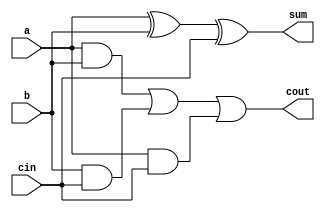
module full_adder (
    input a, b, cin,
    output sum, cout
);
    // XOR gate for sum
    assign sum = a ^ b ^ cin;
    // AND and OR gates for carry out
    assign cout = (a & b) | (b & cin) | (a & cin);
endmodule

module Subtractor4bit (
    input [3:0] A, B,
    output [3:0] Diff,
    output Cout
);
    wire [3:0] B_comp; // Complement of B
    wire [3:0] Sum; // Sum of A and B's complement
    wire C1, C2, C3; // Carry wires

    // Inverting the bits of B (1's complement)
    assign B_comp = ~B;

    // Instantiate the full adders for the subtraction
    full_adder FA0 (.a(A[0]), .b(B_comp[0]), .cin(1'b1), .sum(Sum[0]), .cout(C1));
    full_adder FA1 (.a(A[1]), .b(B_comp[1]), .cin(C1), .sum(Sum[1]), .cout(C2));
    full_adder FA2 (.a(A[2]), .b(B_comp[2]), .cin(C2), .sum(Sum[2]), .cout(C3));
    full_adder FA3 (.a(A[3]), .b(B_comp[3]), .cin(C3), .sum(Sum[3]), .cout(Cout));

    // Assign the result
    assign Diff = Sum;

endmodule

module testbench;
    reg [3:0] A, B;
    wire [3:0] Diff;
    wire Cout;

    // Instantiate the subtractor
    Subtractor4bit test(
        .A(A),
        .B(B),
        .Diff(Diff),
        .Cout(Cout)
    );

    initial begin 

        // Test cases
        A = 4'b0101; B = 4'b0011; #10; // 5 - 3
        A = 4'b1001; B = 4'b0100; #10; // 9 - 4
        A = 4'b0110; B = 4'b0111; #10; // 6 - 7
        A = 4'b1111; B = 4'b0001; #10; // 15 - 1
        A = 4'b0000; B = 4'b0001; #10; // 0 - 1

    end
endmodule